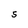
Character: S